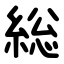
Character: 総